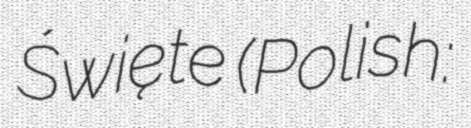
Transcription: Święte (Polish: